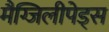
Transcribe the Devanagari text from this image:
मैग्जिलीपेड्स